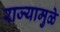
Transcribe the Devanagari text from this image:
राज्यामुळे